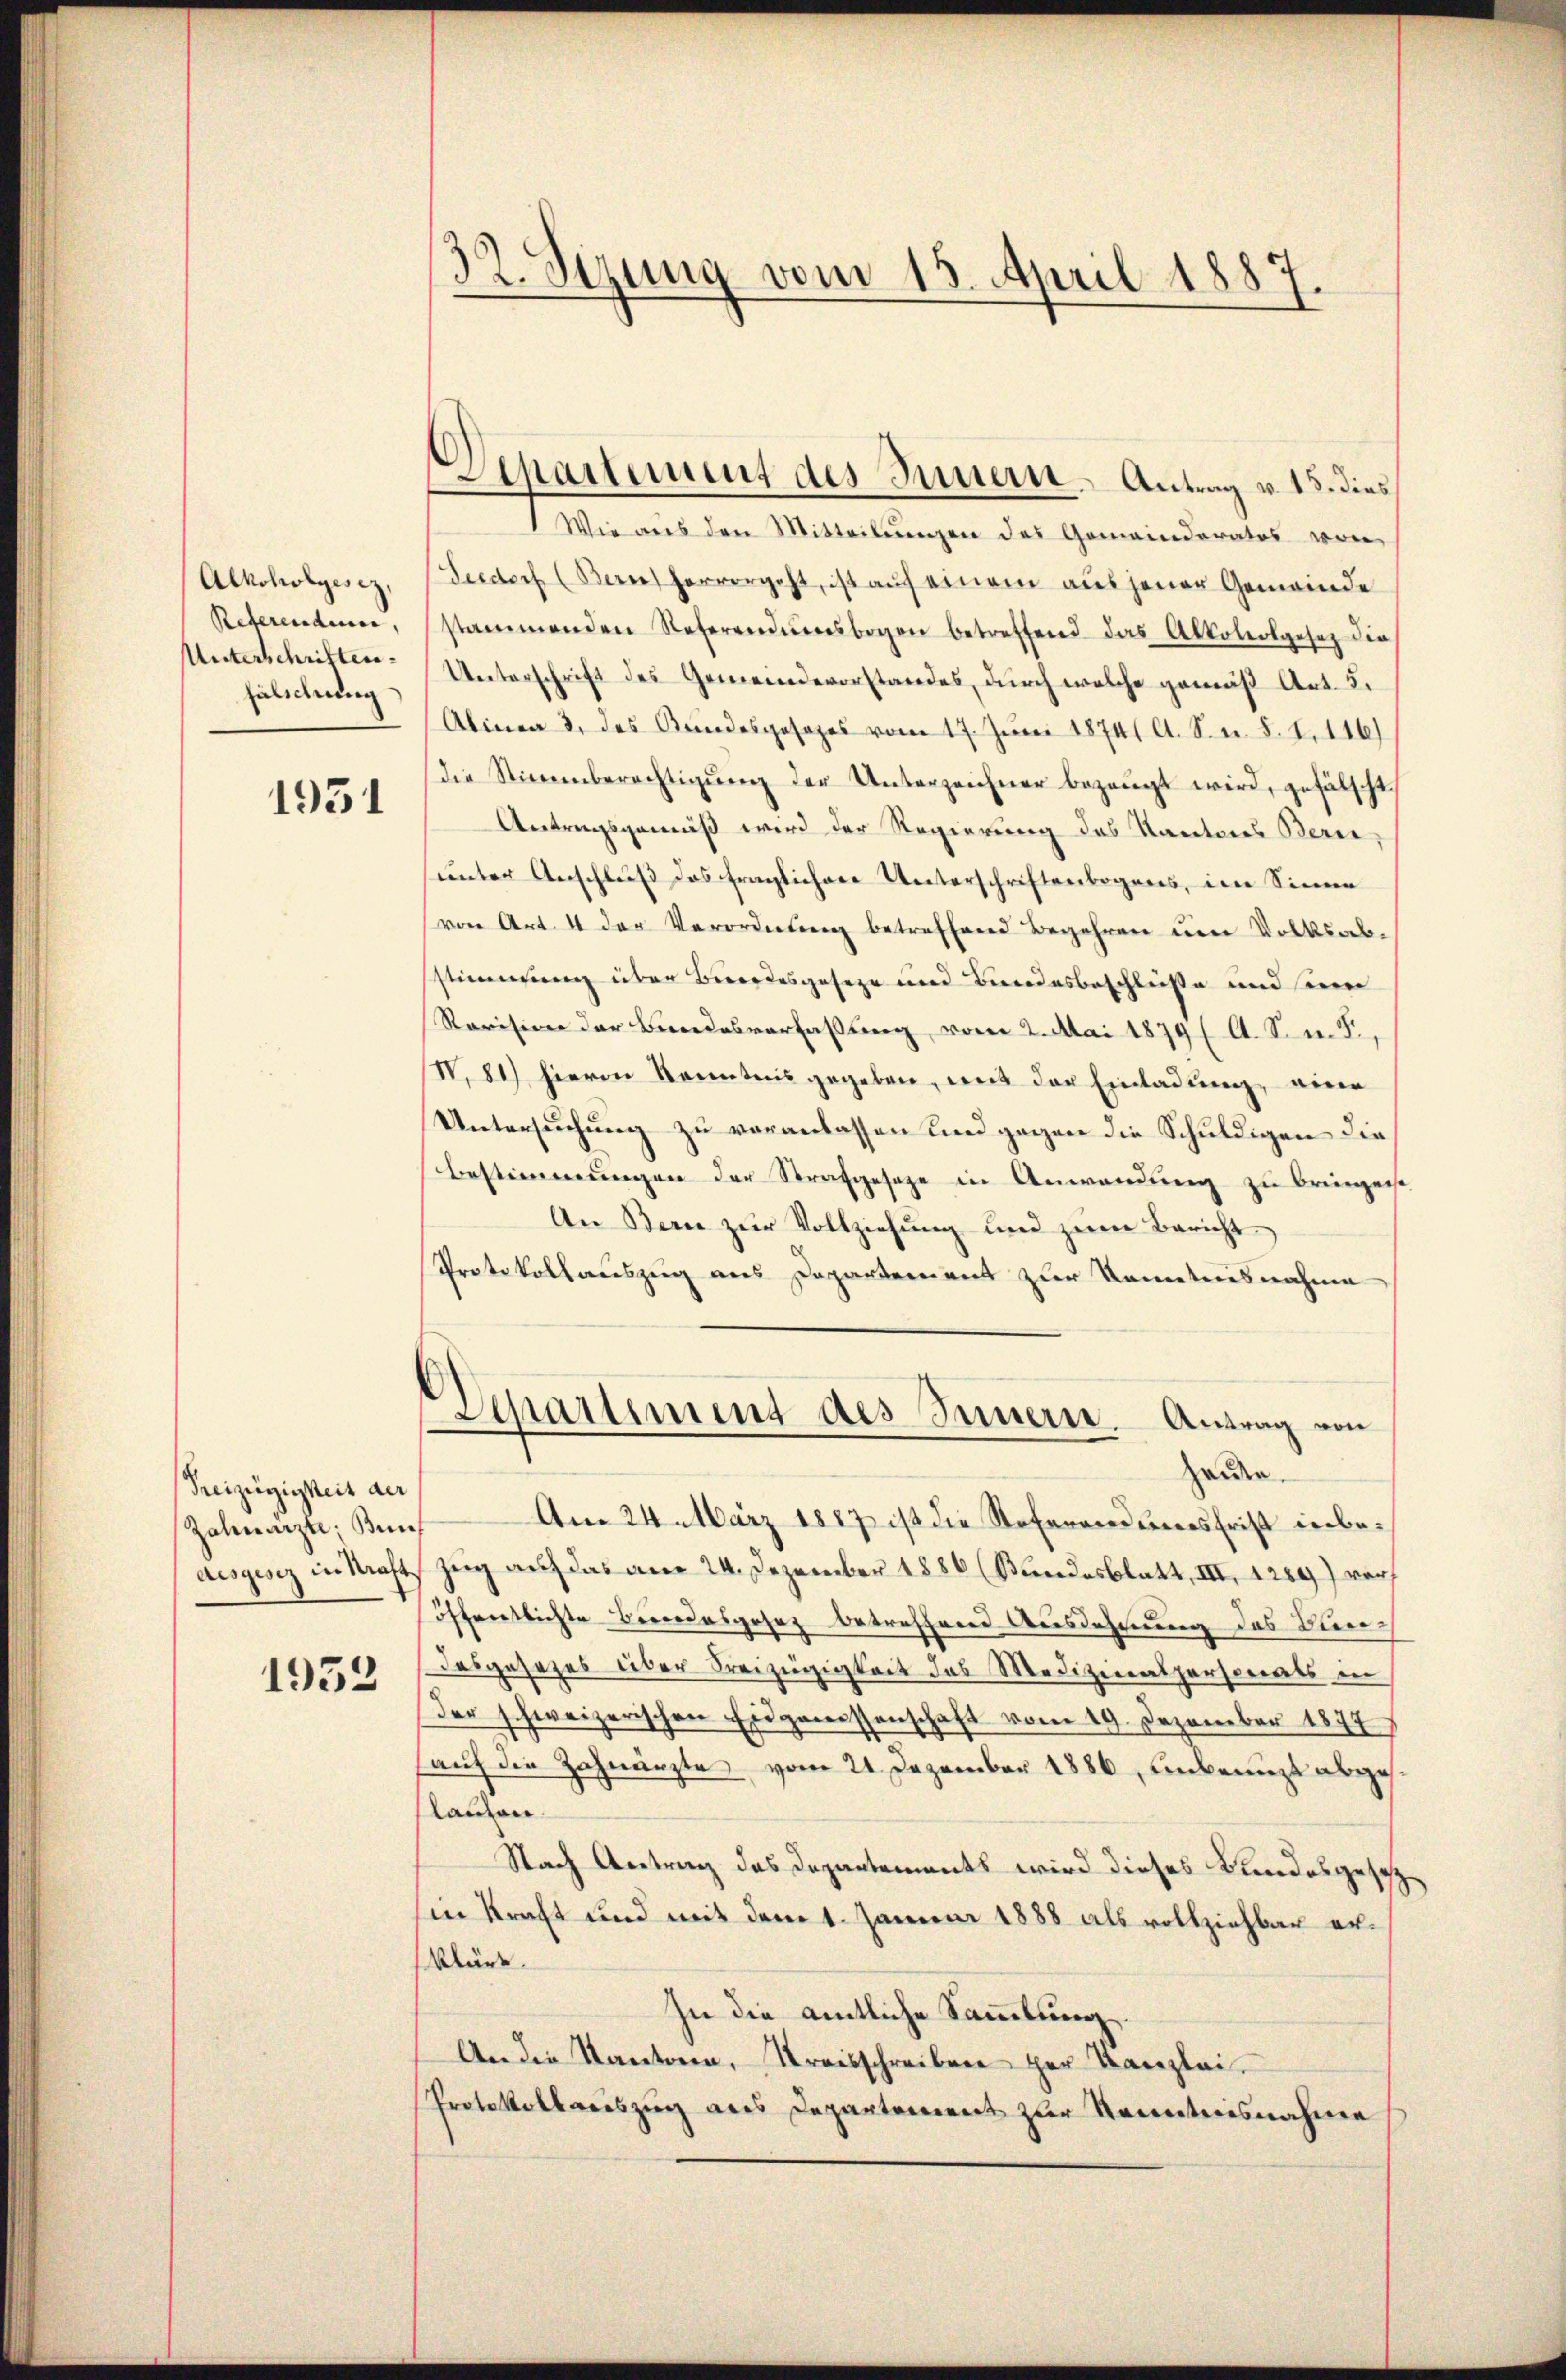
Alkoholgesez,
Reterendum,
Unterschriften.
fälschung

1951

Preizügigkeit der
Zahnarzte, Bun¬

1932.

32. Sizung vom 15. April 1887
¬

Wie aus den Mitteilŭngen des Gemeinderates von
Seedorf (Berne hervorgeht, ist auf einem aus jener Gemeinde
stammenden Referendunesbogen betreffend das Alkoholgesetz die
Unterschrift des Gemeindevorstandes, durch welche gemäß Art. 5.
Alinea 3. des Bundesgesezes vom 17. Juni 1874/ A. S. n. F. I. 116)
die Stimmberechtigŭng der Unterzeichner bezeugt wird, gefälscht,
Antragsgemäß wird der Regierung des Kantons Berei
sunter Anschluß das fraglichen Unterschriftenbogens, im Sinne
(von Art. 4 der Verordnung betreffend Begehren um Volksabstimmung über Bordesgeseze und Bundesbeschlüße und seine
Revision der Bundesverfaßung vom 2. Mai 1879 ( A. S. n. F.,
V.81) hievon Kenntnis gegeben, mit der Einladung eine
Untersuchung zu veranlassen und gegen die Schuldigen die
Bestimmungen der Strafgeseze in Anwendung zu bringen
An Bern zŭr Vollziehung und zŭm Bericht
Protokollauszug aus Departement zur Kenntnisnahme
Separtement des Innern. Antrag von
Heiden
Am 24. März 1887 ist die Referendenes Frist inbedesgesez in Kraft Zug auf das am 24. Dezember 1886 (Bundesblatt, III, 1284) war
öffentlichte Beindesgesez betreffend Ausdehnung des Bun¬
Dasgesezes über Freizügigkeit des Medizinalpersonats in
der schweizerischen Eidgenissenschaft vom 19. Dezember 1877
auf die Zahnarztes vom 21. Dezember 1886, unberuht abgelanzen.
Nach Antrag des Departements wird dieses Bundesgesetz¬
Ein kraft und mit dem 1. Januar 1888 als vollziehbar erklärt.
In die amtliche Sammlung.
An die Kantonen, Kreisschreiben her Kanzlei-
Protokollweiszug aus Departement zur Kenntnisnahme

chartement des Innern. Antrag v. 15. dies